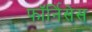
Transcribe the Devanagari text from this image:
फॉर्निसेस